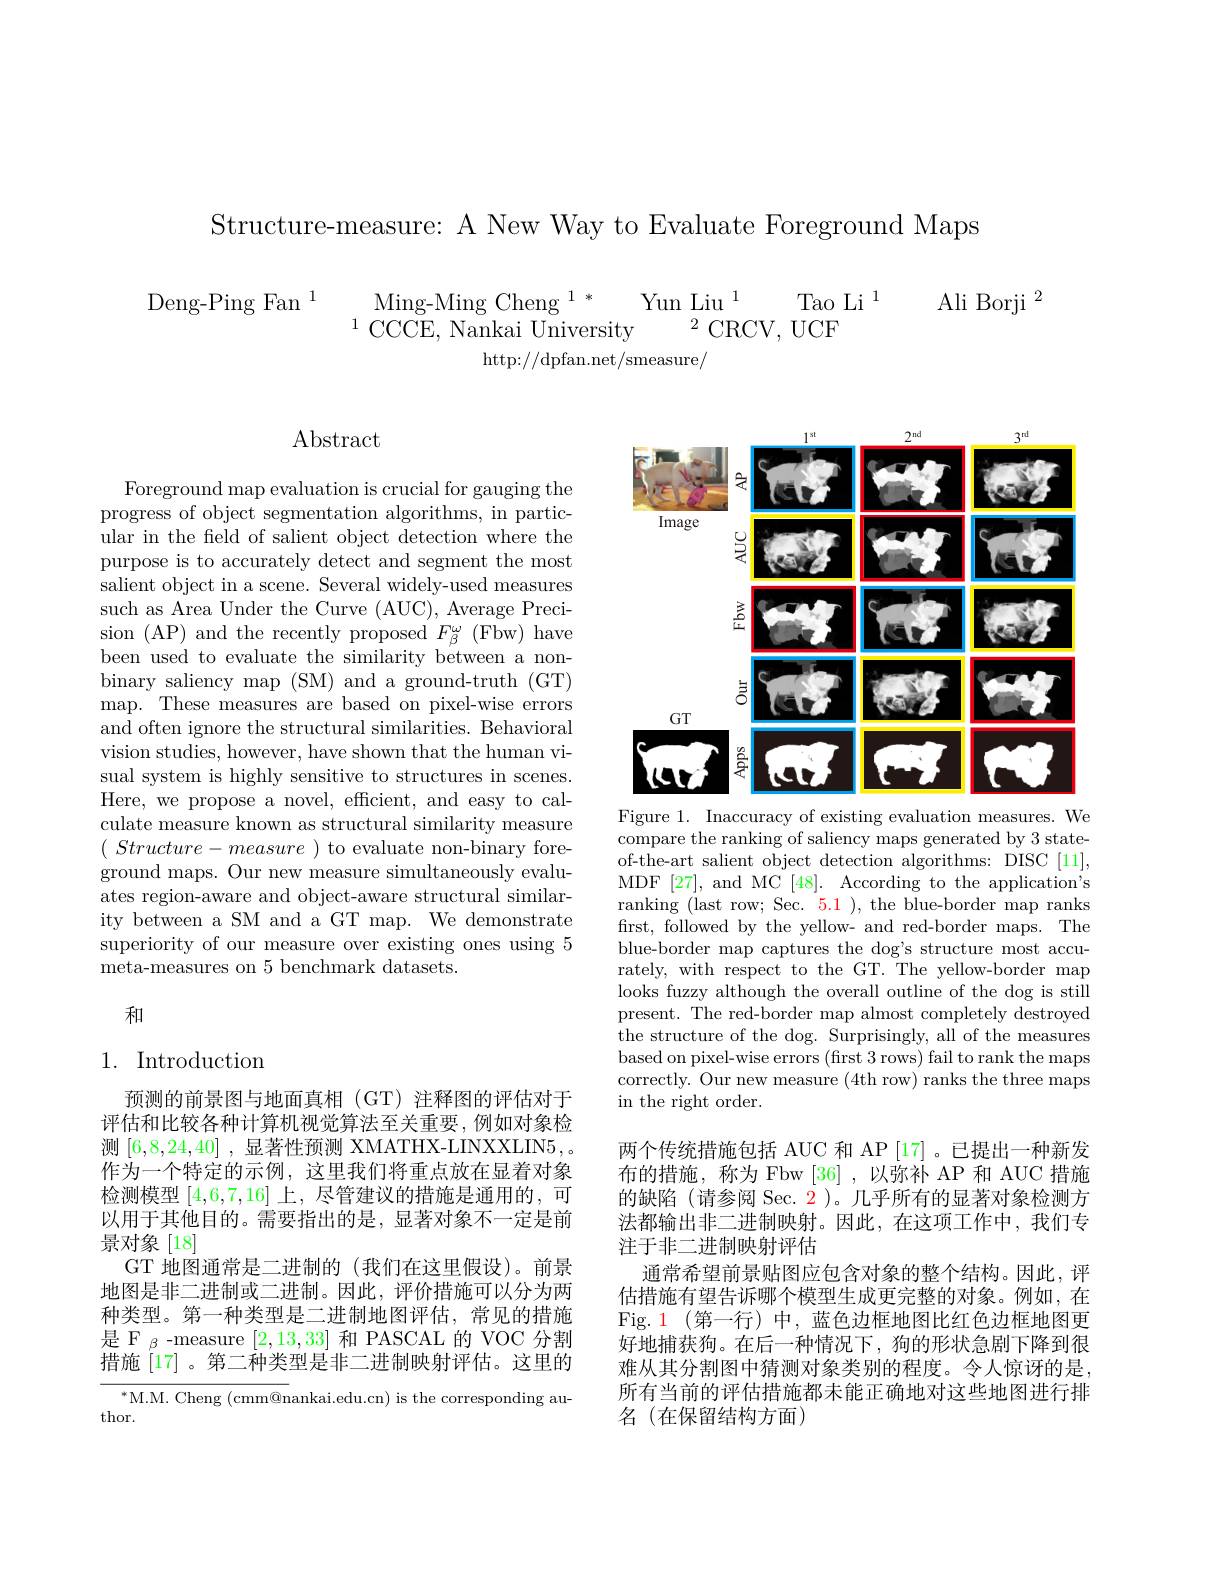
Structure-measure: A New Way to Evaluate Foreground Maps

$\begin{array}{c}{\mathrm{Deng-Ping~Fan~}^{1}}&{{\mathrm{Ming-Ming~Cheng~}^{1*}}}&{{\mathrm{Yun~Liu~}^{1}}}&{{\mathrm{Tao~Li~}^{1}}}&{{\mathrm{Ali~Borji~}^{2}}}\\&{{\mathrm{CCCE,~Nankai~University}}}&{{\mathrm{2}}}&{{\mathrm{CRCV,~UCF}}}\end{array}$

$\mathrm{http://dpfan.net/smeasure}_{/}$

$\operatorname{Abstract}$

Foreground map evaluation is crucial for gauging the progress of object segmentation algorithms, in particular in the feld of salient object detection where the purpose is to accurately detect and segment the most salient object in a scene. Several widely-used measures such as Area Under the Curve (AUC), Average Preci- $\begin{array}{c}{\mathrm{sion~(AP)~and~the~recently~proposed~F_{\beta}^{\omega}~(Fbw)~have}}\\{\mathrm{sion~(AP)~and~the~recently~proposed~F_{\beta}^{\omega}~(Fbw)~have}}\end{array}$ been used to evaluate the similarity between a nonbinary saliency map (SM) and a ground-truth (GT) map. These measures are based on pixel-wise errors and often ignore the structural similarities. Behavioral vision studies, however, have shown that the human visual system is highly sensitive to structures in scenes. Here, we propose a novel, efficient, and easy to calculate measure known as structural similarity measure $(\begin{array}{cc}{Structure-measure}\end{array})$to evaluate non-binary foreground maps. Our new measure simultaneously evaluates region-aware and object-aware structural similarity between a SM and a GT map. We demonstrate superiority of our measure over existing ones using 5 meta-measures on 5 benchmark datasets.

和

## 1. Introduction

预测的前景图与地面真相(GT)注释图的评估对于评估和比较各种计算机视觉算法至关重要，例如对象检测[6,8,24,40] ,显著性预测 XMATHX-LINXXLIN5,。作为一个特定的示例，这里我们将重点放在显着对象检测模型[4,6,7,16]上，尽管建议的措施是通用的 ,可以用于其他目的。需要指出的是，显著对象不一定是前景对象[18]
GT 地图通常是二进制的 (我们在这里假设)。前景地图是非二进制或二进制。因此，评价措施可以分为两种类型。第一种类型是二进制地图评估，常见的措施是 F $_\beta$ -measure [2,13,33]和 PASCAL 的 VOC 分割措施 [17] 。第二种类型是非二进制映射评估。这里的
$^{*}$M.M. Cheng (cmm@nankai.edu.cn) is the corresponding au-

thor.

<FigureHere>

Figure 1. Inaccuracy of existing evaluation measures. We compare the ranking of saliency maps generated by 3 stateof-the-art salient object detection algorithms: DISC [11], MDF [27], and MC [48]. According to the application's ranking (last row; Sec. 5.1 ), the blue-border map ranks first, followed by the yellow- and red-border maps. The blue-border map captures the dog's structure most accurately, with respect to the GT. The yellow-border map looks fuzzy although the overall outline of the dog is still present. The red-border map almost completely destroyed the structure of the dog. Surprisingly, all of the measures based on pixel-wise errors (first 3 rows) fail to rank the maps correctly. Our new measure (4th row) ranks the three maps in the right order.

两个传统措施包括 AUC 和 AP [17]。已提出一种新发布的措施，称为 Fbw [36] ,以弥补 AP 和 AUC 措施的缺陷 (请参阅 Sec. 2 )。几乎所有的显著对象检测方法都输出非二进制映射。因此，在这项工作中，我们专注于非二进制映射评估
通常希望前景贴图应包含对象的整个结构。因此，评估措施有望告诉哪个模型生成更完整的对象。例如，在Fig.1(第一行)中，蓝色边框地图比红色边框地图更好地捕获狗。在后一种情况下，狗的形状急剧下降到很难从其分割图中猜测对象类别的程度。令人惊讶的是， 所有当前的评估措施都未能正确地对这些地图进行排名(在保留结构方面)